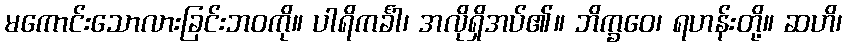
မကောင်းသောလားခြင်းဘဝကို။ ပါရိကင်္ခါ၊ အလိုရှိအပ်၏။ ဘိက္ခဝေ၊ ရဟန်းတို့။ ဆဟိ၊